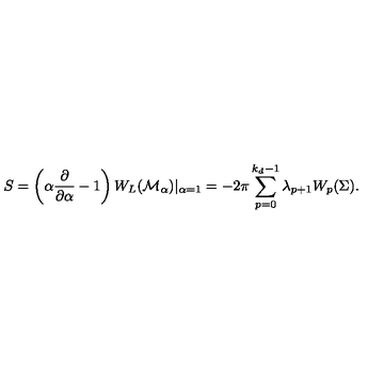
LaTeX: S = \left( \alpha { \frac { \partial } { \partial \alpha } } - 1 \right) W _ { L } ( { \cal M } _ { \alpha } ) | _ { \alpha = 1 } = - 2 \pi \sum _ { p = 0 } ^ { k _ { d } - 1 } \lambda _ { p + 1 } W _ { p } ( \Sigma ) .